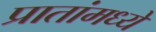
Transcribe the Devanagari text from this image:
प्रातांमध्ये